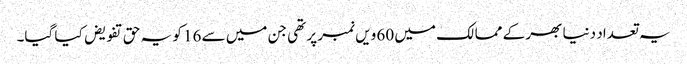
یہ تعداد دنیا بھر کے ممالک میں 60 ویں نمبر پر تھی جن میں سے 16 کو یہ حق تفویض کیا گیا۔